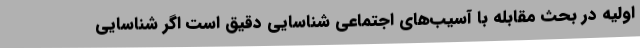
اولیه در بحث مقابله با آسیب‌های اجتماعی شناسایی دقیق است اگر شناسایی